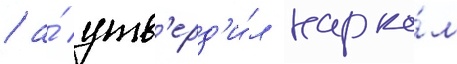
/ а́ утв'ерд'и́л нарко́м